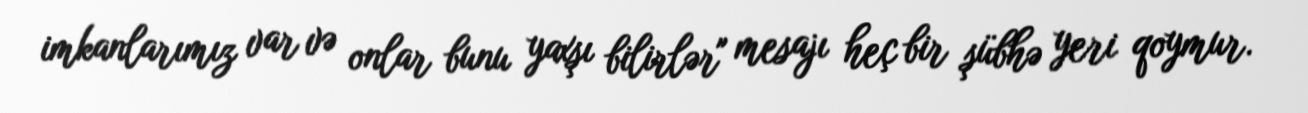
imkanlarımız var və onlar bunu yaxşı bilirlər" mesajı heç bir şübhə yeri qoymur.